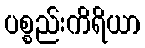
ပစ္စည်းကိရိယာ